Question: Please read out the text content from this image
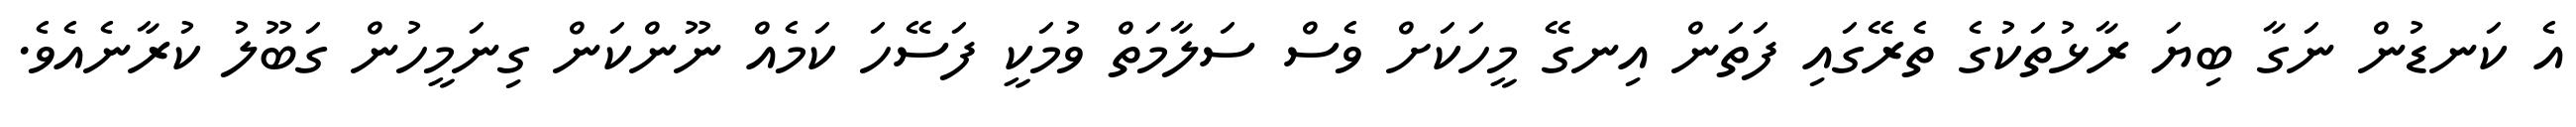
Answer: އެ ކަނޑުން ނަގާ ބިޔަ ރާޅުތަކުގެ ތެރޭގައި ފަތަން އިނގޭ މީހަކަށް ވެސް ސަލާމަތް ވުމަކީ ފަސޭހަ ކަމެއް ނޫންކަން ގިނަމީހުން ގަބޫލު ކުރާނެއެވެ.